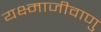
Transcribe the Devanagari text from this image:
यक्ष्माजीवाणु